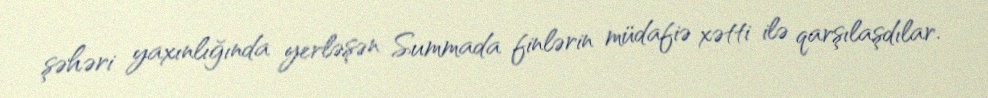
şəhəri yaxınlığında yerləşən Summada finlərin müdafiə xətti ilə qarşılaşdılar.